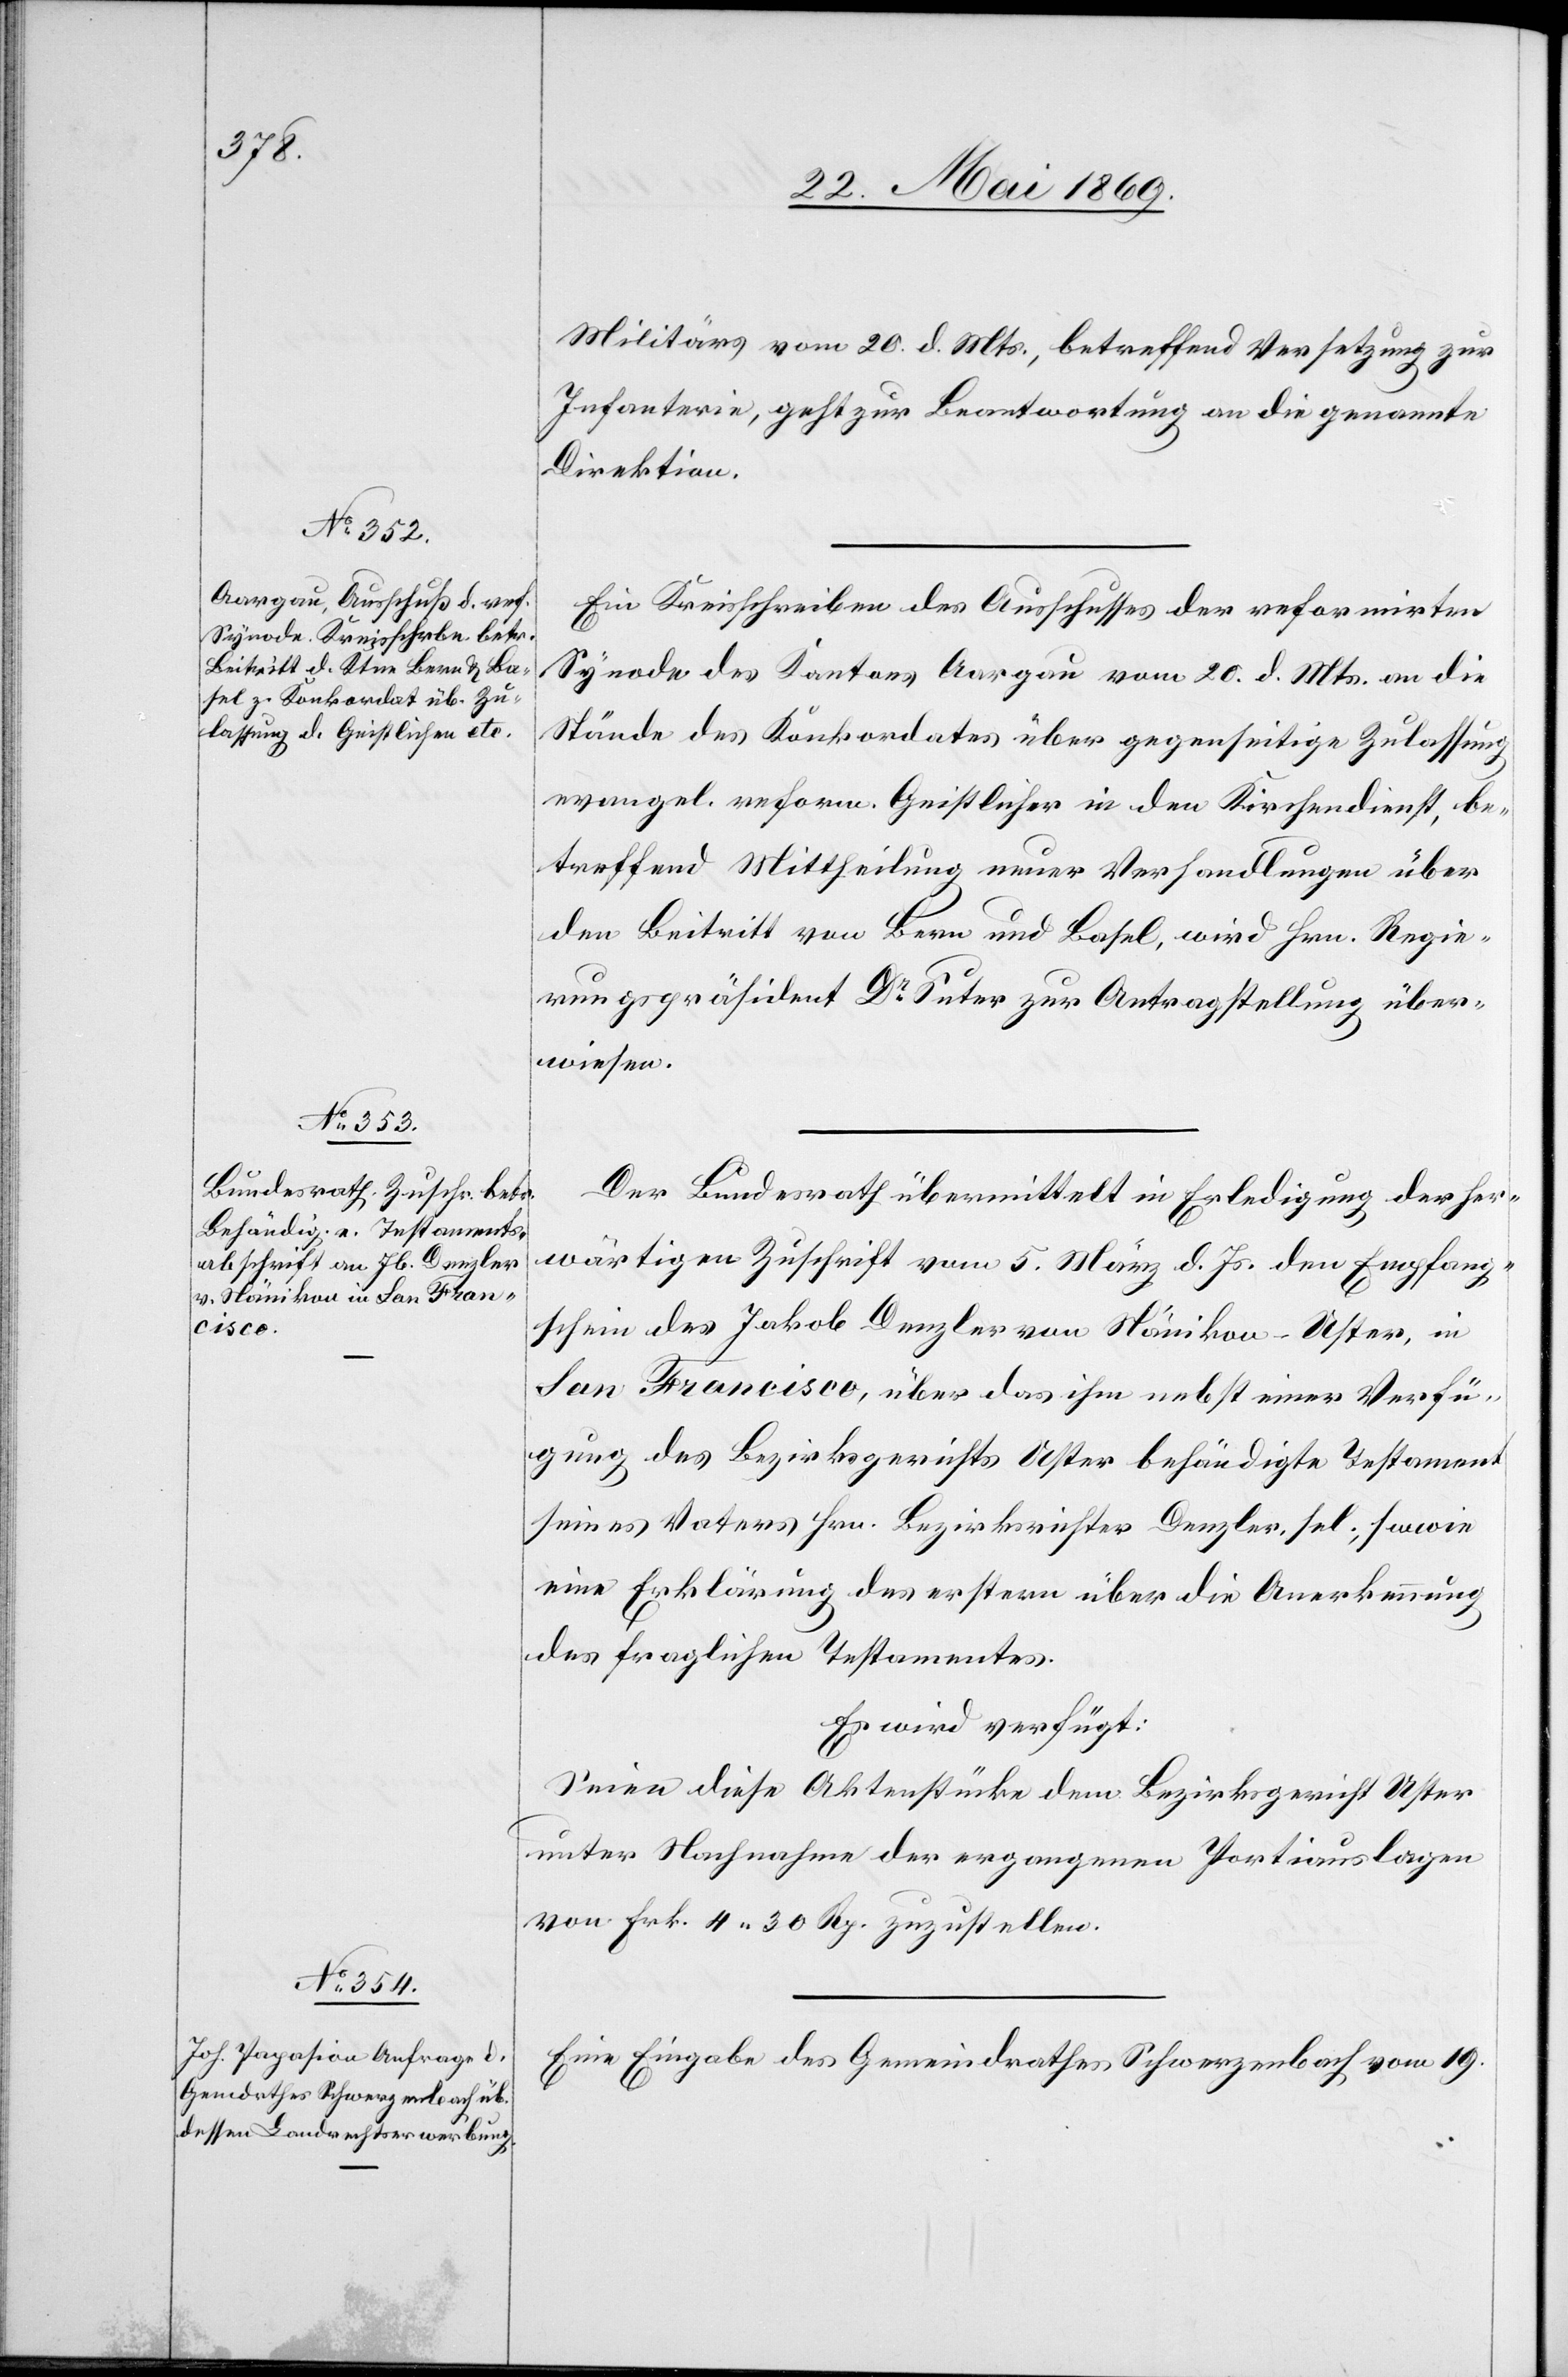
26. Mai 1869.]
Militärs vom 20. d. Mts., betreffend Versetzung zur
Infanterie, geht zur Beantwortung an die genannte
Direktion.
Ein Kreisschreiben des Ausschusses der reformirten
Synode des Kantons Aargau vom 20. d. Mts. an die
Stände des Konkordates über gegenseitige Zulassung
evangel. reform. Geistlicher in den Kirchendienst, be¬
treffend Mittheilung neuer Verhandlungen über
den Beitritt von Bern und Basel, wird Hrn. Regie¬
rungspräsident Dr Suter zur Antragstellung über¬
wiesen.
Der Bundesrath übermittelt in Erledigung der her¬
wärtigen Zuschrift vom 5. März d. Js. den Empfang¬
schein des Jakob Denzler von Nänikon - Uster, in
San Francisco, über das ihm nebst einer Verfü¬
gung des Bezirksgerichts Uster behändigte Testament
seines Vaters Hrn. Bezirksrichter Denzler, sel. sowie
eine Erklärung des erstern über die Anerkennung
des fraglichen Testamentes.
Es wird verfügt:
Seien diese Aktenstücke dem Bezirksgericht Uster
unter Nachnahme der ergangenen Portiauslagen
von Frk. 4.30 Rp. zuzustellen.
Eine Eingabe des Gemeindrathes Schwerzenbach vom 19.